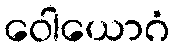
ဝေါယောဂံ